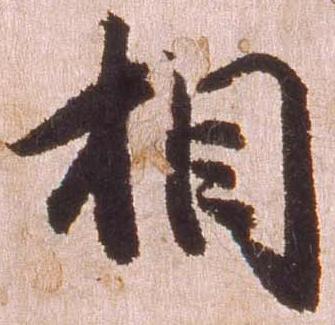
相